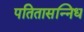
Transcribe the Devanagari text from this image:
पतितासन्निध